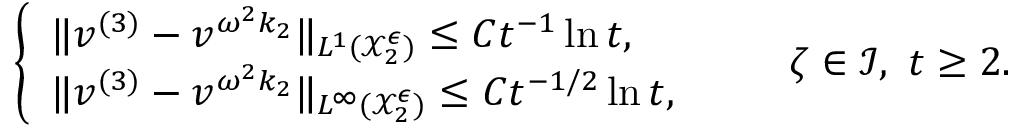
\begin{array} { r } { \left\{ \begin{array} { l l } { \| v ^ { ( 3 ) } - v ^ { \omega ^ { 2 } k _ { 2 } } \| _ { L ^ { 1 } ( \mathcal { X } _ { 2 } ^ { \epsilon } ) } \leq C t ^ { - 1 } \ln t , } \\ { \| v ^ { ( 3 ) } - v ^ { \omega ^ { 2 } k _ { 2 } } \| _ { L ^ { \infty } ( \mathcal { X } _ { 2 } ^ { \epsilon } ) } \leq C t ^ { - 1 / 2 } \ln t , } \end{array} \right. \qquad \zeta \in \mathcal { I } , \ t \geq 2 . } \end{array}